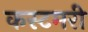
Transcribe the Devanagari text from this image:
कस्टमरी